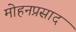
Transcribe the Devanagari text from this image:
मोहनप्रसाद